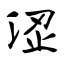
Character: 涩